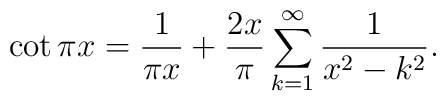
\cot\pi x={1\over\pi x}+{2x\over\pi}\sum_{k=1}^\infty{1\over x^2-k^2}.